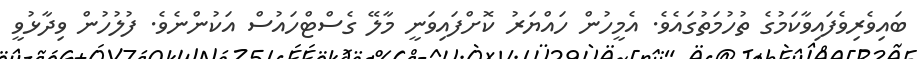
ބައިވެރިވެފައިވާކަމުގެ ތުހުމަތުގައެވެ. އެމީހުން ހައްޔަރު ކޮށްފައިވަނީ މާލޭ ގެސްޓްހައުސް އަކުންނެވެ. ފުލުހުން ވިދާޅުވީ